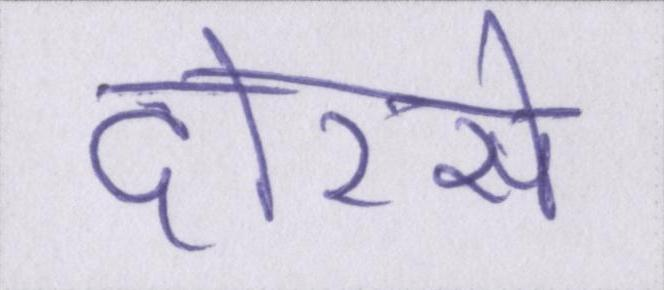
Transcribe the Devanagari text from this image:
दोरसे